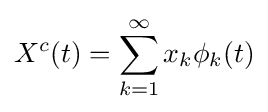
X^{c}(t)=\sum _{k=1}^{\infty }x_{k}\phi _{k}(t)